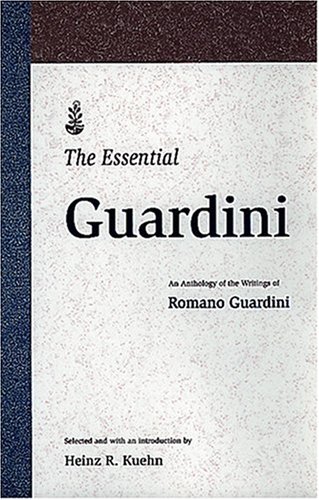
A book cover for The Essential Guardini; Romano Guardini; Christian Books & Bibles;